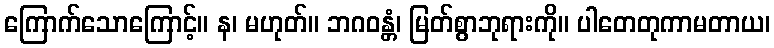
ကြောက်သောကြောင့်။ န၊ မဟုတ်။ ဘဂဝန္တံ၊ မြတ်စွာဘုရားကို။ ပါတေတုကာမတာယ၊